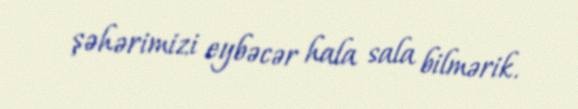
şəhərimizi eybəcər hala sala bilmərik.